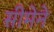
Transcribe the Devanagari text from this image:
सीमेने